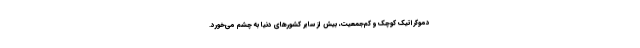
‌دموکراتیک کوچک و کم‌جمعیت، بیش از سایر کشورهای دنیا به چشم می‌خورد.